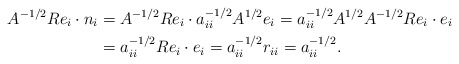
\begin{align*}A^{-1/2}Re_i\cdot n_i &= A^{-1/2}Re_i\cdot a_{ii}^{-1/2}A^{1/2}e_i = a_{ii}^{-1/2}A^{1/2}A^{-1/2}Re_i\cdot e_i \\ &= a_{ii}^{-1/2}Re_i\cdot e_i = a_{ii}^{-1/2}r_{ii} = a_{ii}^{-1/2}.\end{align*}